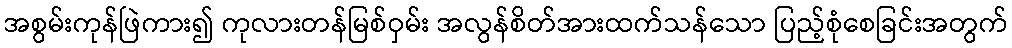
အစွမ်းကုန်ဖြဲကား၍ ကုလားတန်မြစ်ဝှမ်း အလွန်စိတ်အားထက်သန်သော ပြည့်စုံစေခြင်းအတွက်